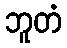
ဘူတံ